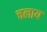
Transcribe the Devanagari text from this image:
चलाय